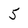
Character: 5